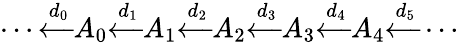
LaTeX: \cdots{\xleftarrow{d_{0}}}A_{0}{\xleftarrow{d_{1}}}A_{1}{\xleftarrow{d_{2}}}A_{2}{\xleftarrow{d_{3}}}A_{3}{\xleftarrow{d_{4}}}A_{4}{\xleftarrow{d_{5}}}\cdots